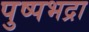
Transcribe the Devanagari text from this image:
पुष्पभद्रा